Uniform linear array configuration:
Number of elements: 32
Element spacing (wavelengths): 0.75
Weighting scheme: exponential
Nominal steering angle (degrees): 30
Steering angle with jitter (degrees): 31.29
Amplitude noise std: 0.05
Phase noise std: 0.05

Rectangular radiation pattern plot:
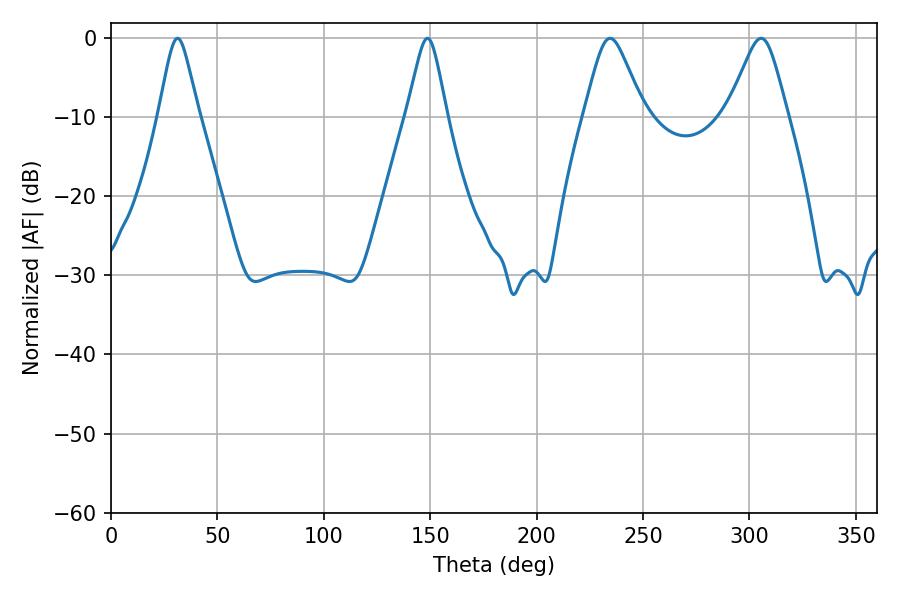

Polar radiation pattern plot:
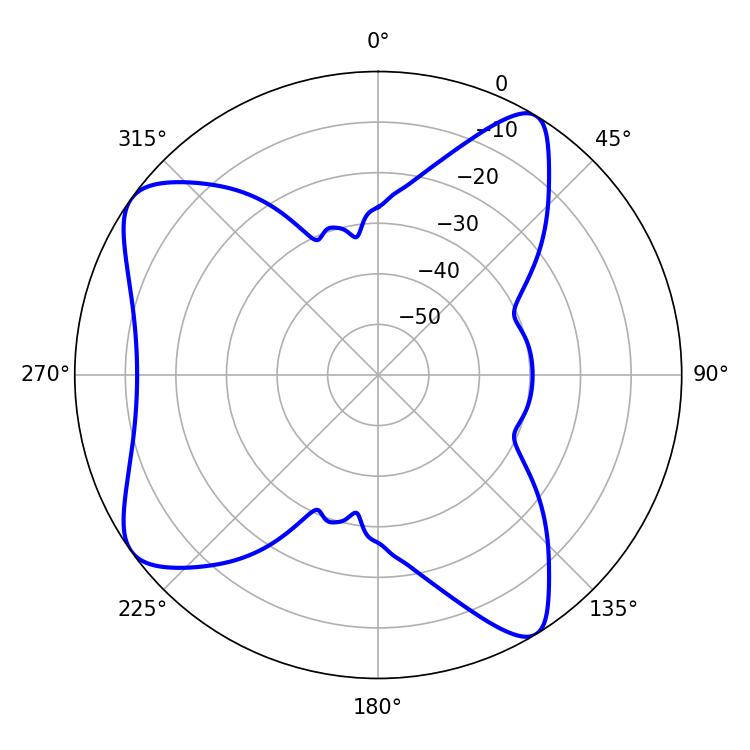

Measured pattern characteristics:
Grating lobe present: TRUE
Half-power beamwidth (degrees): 13.32
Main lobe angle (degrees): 234.54